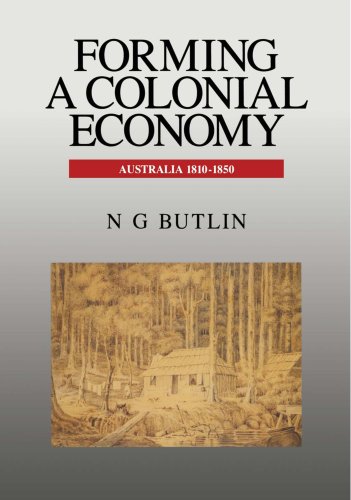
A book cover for Forming a Colonial Economy: Australia 1810-1850; Noel George Butlin; History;